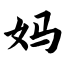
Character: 妈